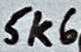
Text: 5k6